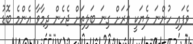
ވެފައި ހުންނަ ލެޔަކީ ވަރަށް ގިނަ ބަލިތަށް ޖެހެން ދިމާވާ އެންމެ ބޮޑު